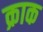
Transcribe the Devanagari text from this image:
क्राक